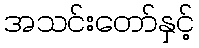
အသင်းတော်နှင့်